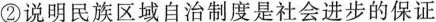
②说明民族区域自治制度是社会进步的保证